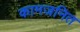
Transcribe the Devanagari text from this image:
कामजनित